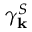
\gamma _ { \mathbf { k } } ^ { S }